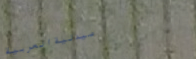
صيدلية العربية